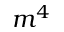
m ^ { 4 }